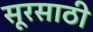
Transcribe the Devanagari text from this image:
सूरसाठी